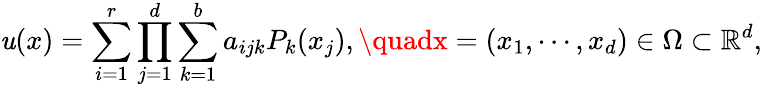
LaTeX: \mathit{u}(x)=\sum_{i=1}^{r}\prod_{j=1}^{d}\sum_{k=1}^{b}a_{ijk}P_{k}(x_{j}),\quadx=(x_{1},\cdots,x_{d})\in\Omega\subset\mathbb{{R}}^{d},